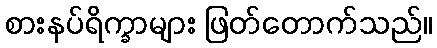
စားနပ်ရိက္ခာများ ဖြတ်တောက်သည်။